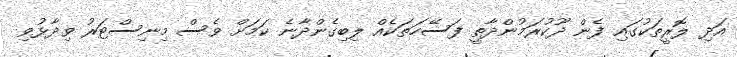
އަދި ލޮރީތަކުގައި ފެން ދޫކުރަމުންދާތީ ފަސޭހަތަކެއް ލިބިގެންދާނެ ކަމަށް ވެސް މިނިސްޓަރު ވިދާޅުވި